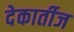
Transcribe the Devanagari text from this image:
देकार्तीज